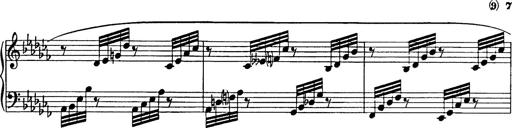
Title: 8 Variations
Composer: Franz Liszt
Key: A-flat major